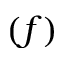
( f )